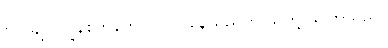
ဗိုလ်ချုပ် ဂျွန်စတန်တွင် လူလိုနေသည်ကို သူတို့ သိကြသည်။